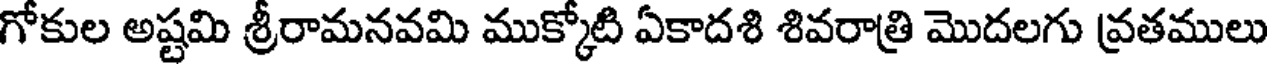
గోకుల అష్టమి శ్రీరామనవమి ముక్కోటి ఏకాదశి శివరాత్రి మొదలగు వ్రతములు